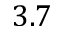
3 . 7